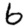
Digit: 6